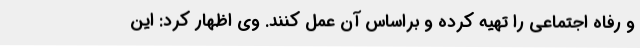
و رفاه اجتماعی را تهیه کرده و براساس آن عمل کنند. وی اظهار کرد: این